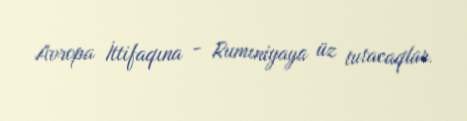
Avropa İttifaqına - Rumıniyaya üz tutacaqlar.